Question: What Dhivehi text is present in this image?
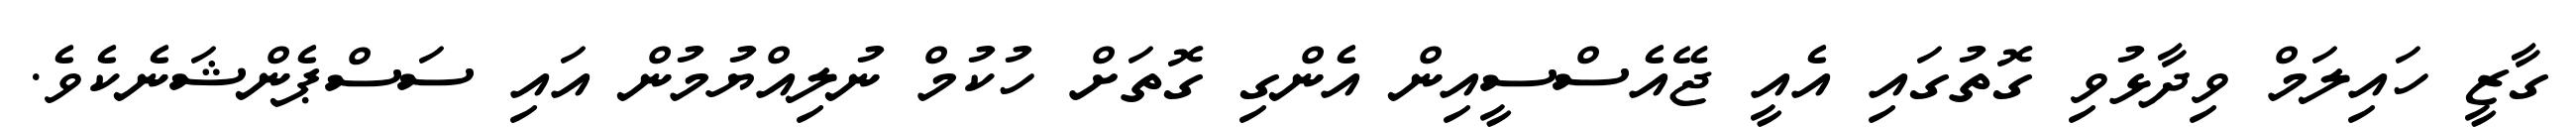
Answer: ގާޒީ ހައިލަމް ވިދާޅުވި ގޮތުގައި އެއީ ޖޭއެސްސީއިން އެންގި ގޮތަށް ހުކުމް ނުލިއްޔުމުން އައި ސަސްޕެންޝަނެކެވެ.